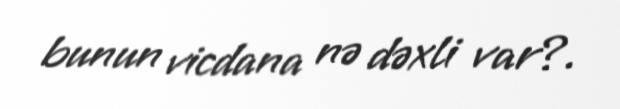
bunun vicdana nə dəxli var?.